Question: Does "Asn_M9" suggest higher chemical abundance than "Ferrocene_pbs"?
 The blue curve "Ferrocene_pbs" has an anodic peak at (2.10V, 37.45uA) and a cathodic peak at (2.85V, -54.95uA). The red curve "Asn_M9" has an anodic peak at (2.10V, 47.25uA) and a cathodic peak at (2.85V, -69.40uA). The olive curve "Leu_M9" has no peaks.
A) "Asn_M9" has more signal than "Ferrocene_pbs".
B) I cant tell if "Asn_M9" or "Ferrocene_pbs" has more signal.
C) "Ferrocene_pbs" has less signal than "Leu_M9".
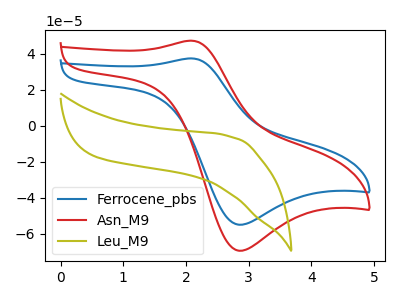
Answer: <think>All the peaks in "Asn_M9" have a peak in "Ferrocene_pbs" at the same potential. Every peak in "Asn_M9" is higher than every peak in "Ferrocene_pbs".
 </think>
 <answer>A) "Asn_M9" has more signal than "Ferrocene_pbs".</answer>
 <eval>A</eval>